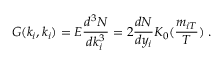
G ( k _ { i } , k _ { i } ) = E \frac { d ^ { 3 } N } { d k _ { i } ^ { 3 } } = 2 \frac { d N } { d y _ { i } } K _ { 0 } ( \frac { m _ { i T } } T ) \; .